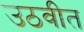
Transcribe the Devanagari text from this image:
उठवीत